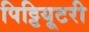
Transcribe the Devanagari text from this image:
पिट्टियूटरी